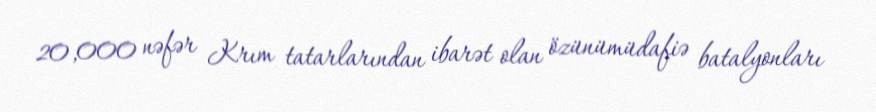
20,000 nəfər Krım tatarlarından ibarət olan özünümüdafiə batalyonları